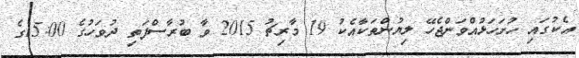
އެކުގައި ހުށަހަޅުއްވަންޖެހޭ ލިޔުންތަކާއެކު 19 މާރިޗު 2015 ވާ ބުރާސްފަތި ދުވަހުގެ 15:00ގެ